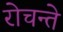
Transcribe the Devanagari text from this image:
रोचन्ते